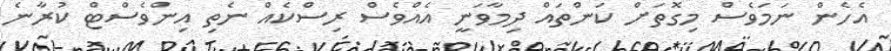
އެހެން ނަމަވެސް މިގޮތަށް ކަންތައް ދިމާވަނީ އެއްވެސް ރިސްކެއް ނެތި އިންވެސްޓް ކުރާނެ